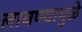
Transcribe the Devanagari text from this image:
लावण्यामुळे